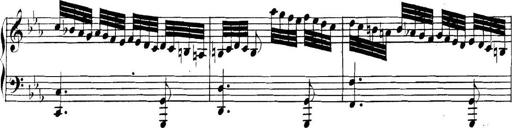
Title: Collected Piano Sonatas
Composer: Muzio Clementi